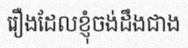
រឿងដែលខ្ញុំចង់ដឹងជាង